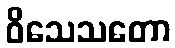
ဝိသေသတော